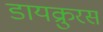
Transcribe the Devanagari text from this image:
डायक्रुरस